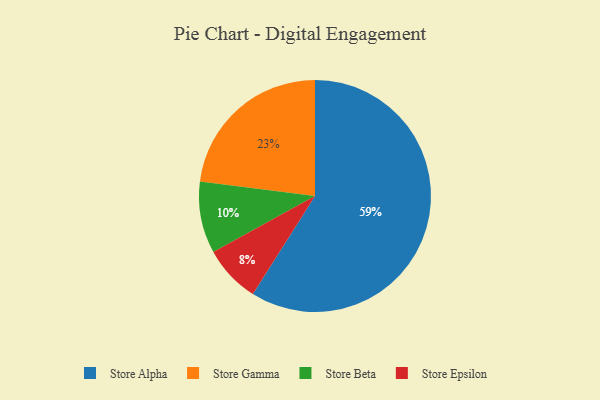
{"axis": {"x": "Category", "y": "Percentage"}, "legend": ["Store Alpha", "Store Beta", "Store Epsilon", "Store Gamma"], "data": [{"x": "Store Alpha", "y": 59, "type": "Store Alpha"}, {"x": "Store Epsilon", "y": 8, "type": "Store Epsilon"}, {"x": "Store Gamma", "y": 23, "type": "Store Gamma"}, {"x": "Store Beta", "y": 10, "type": "Store Beta"}]}